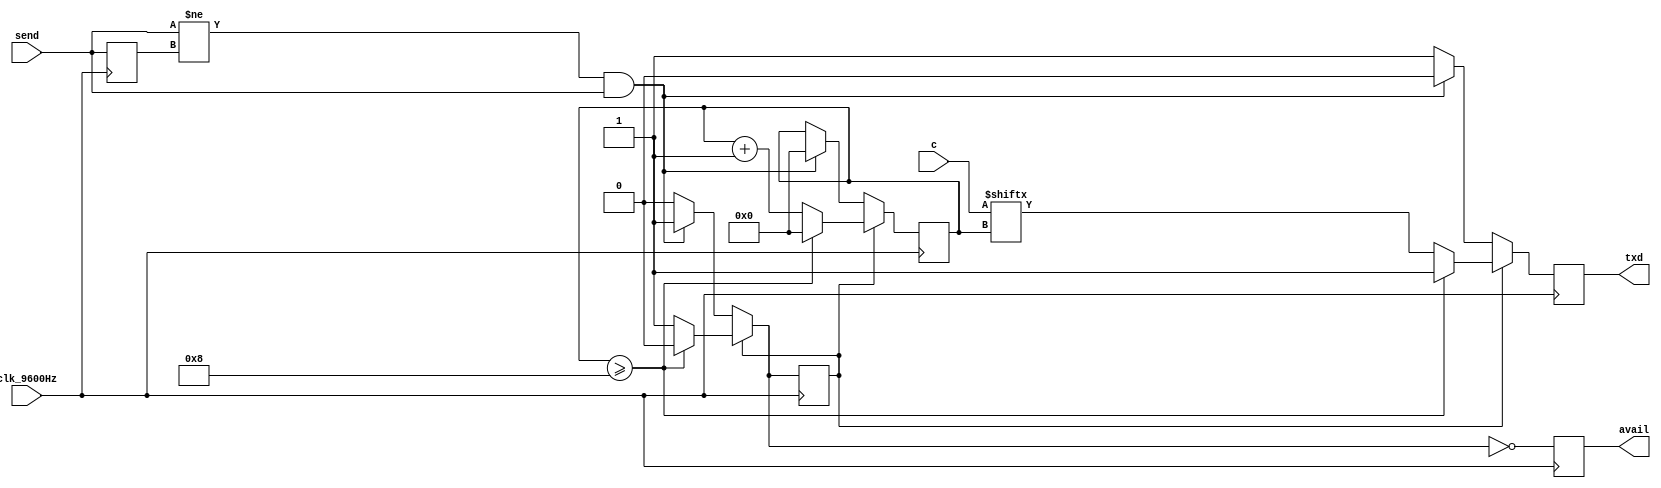
module txd(clk_9600Hz, c, send, txd, avail);
	input clk_9600Hz;
	input [7:0] c;
	input send;//posedge
	output reg txd;
	output reg avail;//ready
	
	reg flag;
	reg[3:0] count;
	reg last_send;
	
initial begin
	last_send=0;
	flag=0;
	count=0;
end
	
always@(posedge clk_9600Hz)
begin
	if(flag==0) begin
		if(send!=last_send&&send==1) begin
			 txd=0;
			 count=0;
			 flag=1;
		end
		else 
			txd=1;
	end
	else begin
		if(count>=8) begin
			txd=1;
			count=0;
			flag=0;
		end
		else begin
			txd<=c[count];
			count<=count+1;
		end
	end
	last_send<=send;
	avail<=!flag;
end
endmodule